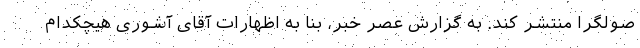
صولگرا منتشر کند. به گزارش عصر خبر، بنا به اظهارات آقای آشوری هیچکدام